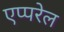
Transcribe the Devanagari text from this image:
एप्परेल